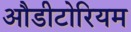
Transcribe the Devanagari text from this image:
औडीटोरियम